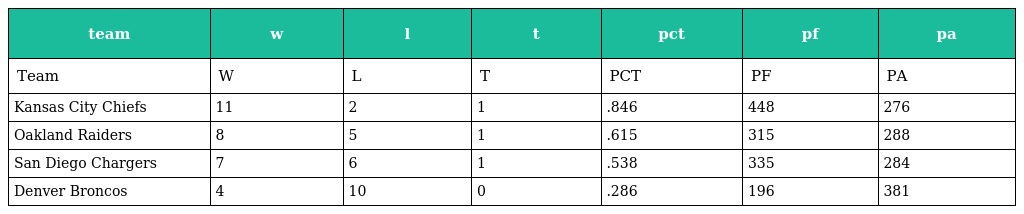
| team | w | l | t | pct | pf | pa |
 | --- | --- | --- | --- | --- | --- | --- |
 | Team | W | L | T | PCT | PF | PA |
 | Kansas City Chiefs | 11 | 2 | 1 | .846 | 448 | 276 |
 | Oakland Raiders | 8 | 5 | 1 | .615 | 315 | 288 |
 | San Diego Chargers | 7 | 6 | 1 | .538 | 335 | 284 |
 | Denver Broncos | 4 | 10 | 0 | .286 | 196 | 381 |